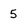
Character: 5